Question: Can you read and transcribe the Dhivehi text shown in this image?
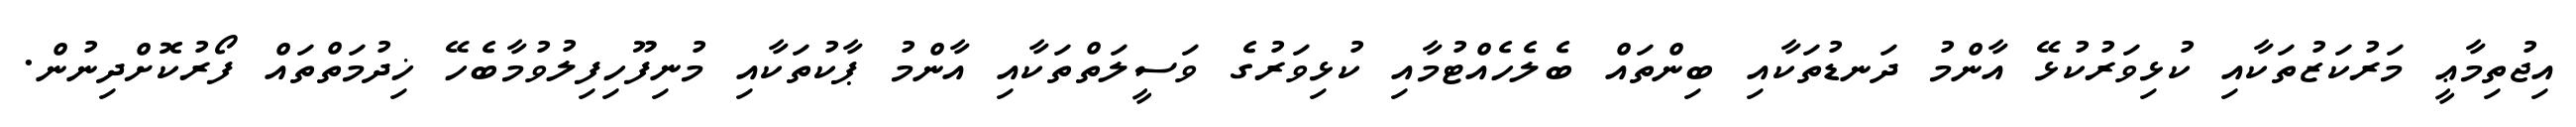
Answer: އިޖުތިމާޢީ މަރުކަޒުތަކާއި ކުޅިވަރުކުޅޭ އާންމު ދަނޑުތަކާއި ބިންތައް ބެލެހެއްޓުމާއި ކުޅިވަރުގެ ވަސީލަތްތަކާއި އާންމު ޕާކުތަކާއި މުނިފޫހިފިލުވުމާބެހޭ ޚިދުމަތްތައް ފޯރުކޮށްދިނުން.